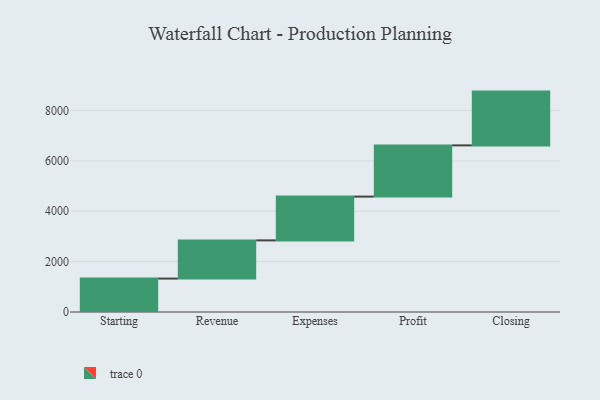
{"axis": {"x": "Step", "y": "Value"}, "legend": [""], "data": [{"x": "Starting", "y": 1327.0, "type": ""}, {"x": "Revenue", "y": 1516.0, "type": ""}, {"x": "Expenses", "y": 1738.0, "type": ""}, {"x": "Profit", "y": 2033.0, "type": ""}, {"x": "Closing", "y": 2135.0, "type": ""}]}